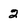
Character: 2